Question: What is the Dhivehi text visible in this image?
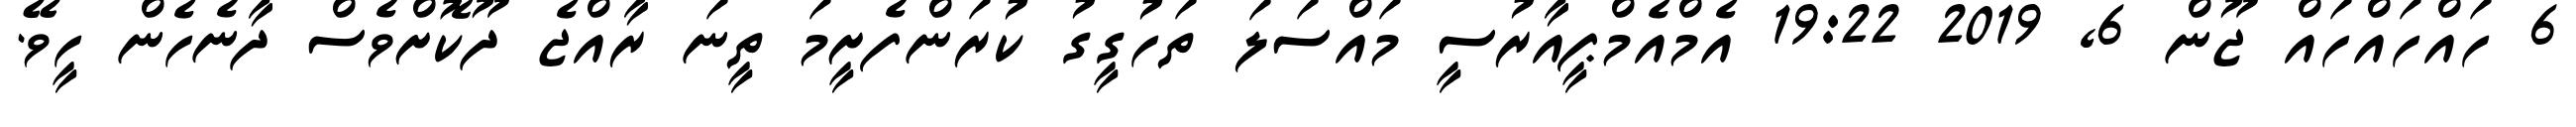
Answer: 6 ހައްހައްހައް ޖޫން 6, 2019 19:22 އެމްއެމްޕީއާރުސީ މައްސަލަ ތަހުގީގު ކުރަންފެށީމަ ތީނަ ރާއްޖެ ދޫކޮށްވެސް ދާނެހެން ހީވޭ.